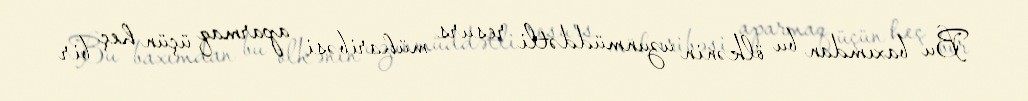
Bu baxımdan bu ölkənin uzunmüddətli resurs müharibəsi aparmaq üçün heç bir